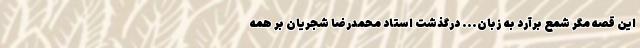
این قصه مگر شمع برآرد به زبان... درگذشت استاد محمدرضا شجریان بر همه